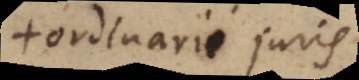
ordinarii juris